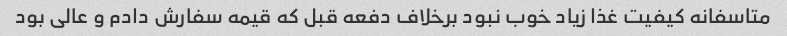
متاسفانه کیفیت غذا زیاد خوب نبود برخلاف دفعه قبل که قیمه سفارش دادم و عالی بود